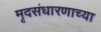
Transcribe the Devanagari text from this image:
मृदसंधारणाच्या